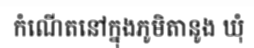
កំណើតនៅក្នុងភូមិតានូង ឃុំ